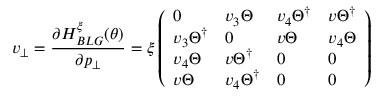
v _ { \bot } = \frac { \partial H _ { B L G } ^ { \xi } ( \theta ) } { \partial p _ { \bot } } = \xi \left( \begin{array} { l l l l } { 0 } & { v _ { 3 } \Theta } & { v _ { 4 } \Theta ^ { \dagger } } & { v \Theta ^ { \dagger } } \\ { v _ { 3 } \Theta ^ { \dagger } } & { 0 } & { v \Theta } & { v _ { 4 } \Theta } \\ { v _ { 4 } \Theta } & { v \Theta ^ { \dagger } } & { 0 } & { 0 } \\ { v \Theta } & { v _ { 4 } \Theta ^ { \dagger } } & { 0 } & { 0 } \end{array} \right)